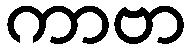
ကာဗာ